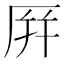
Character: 𪠆